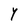
Character: Y